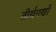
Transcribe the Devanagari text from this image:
तीर्थगणों